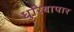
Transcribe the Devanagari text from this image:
धुरियापार